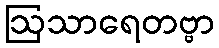
ဩသာရေတဗ္ဗာ